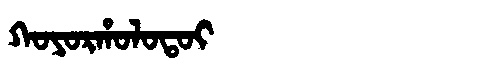
Manchu: ᡴᠣᠶᠣᡵᡥᠣᠯᠣᡨᠣᡳ
Romanization: KOYORHOLOTOI